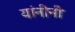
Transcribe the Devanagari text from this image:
यांनीनी